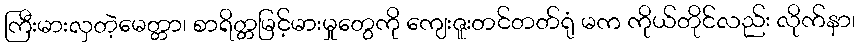
ကြီးမားလှတဲ့မေတ္တာ၊ စာရိတ္တမြင့်မားမှုတွေကို ကျေးဇူးတင်တတ်ရုံ မက ကိုယ်တိုင်လည်း လိုက်နာ၊